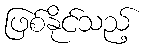
ဖြစ်နိုင်သည့်